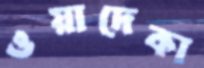
ওয়াদেকা